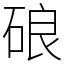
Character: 硠